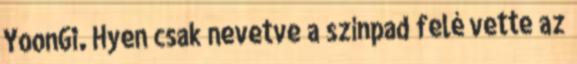
YoonGi. Hyen csak nevetve a színpad felé vette az